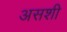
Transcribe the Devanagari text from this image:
असशी